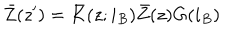
LaTeX: \bar { Z } ( z ^ { \prime } ) = \bar { K } ( z ; i _ { B } ) \bar { Z } ( z ) G ( i _ { B } )